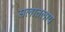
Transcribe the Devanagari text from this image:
सलातलाय